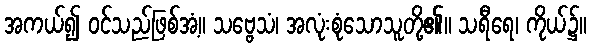
အကယ်၍ ဝင်သည်ဖြစ်အံ့။ သဗ္ဗေသံ၊ အလုံးစုံသောသူတို့၏။ သရီရေ၊ ကိုယ်၌။